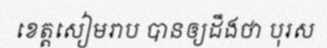
ខេត្តសៀមរាប បានឲ្យដឹងថា បុរស